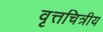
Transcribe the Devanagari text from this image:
वृत्तचित्रीय